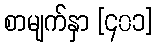
စာမျက်နှာ [၄၀၁]